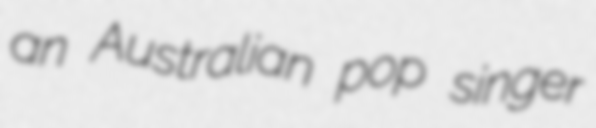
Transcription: an Australian pop singer